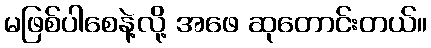
မဖြစ်ပါစေနဲ့လို့ အဖေ ဆုတောင်းတယ်။